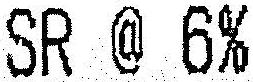
SR @ 6%